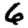
Digit: 6